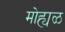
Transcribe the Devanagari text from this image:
मोह्यळ